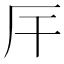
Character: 厈